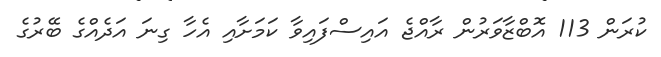
ކުރަން 113 އޮބްޒާވަރުން ރާއްޖެ އައިސްފައިވާ ކަމަށާއި އެހާ ގިނަ އަދެއްގެ ބޭރުގެ